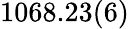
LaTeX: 1068.23(6)